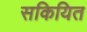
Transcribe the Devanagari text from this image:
सकियित